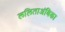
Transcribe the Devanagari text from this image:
ललिताअंबिका